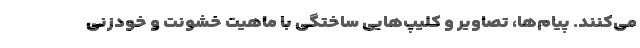
می‌کنند. پیام‌ها، تصاویر و کلیپ‌هایی ساختگی با ماهیت خشونت و خودزنی